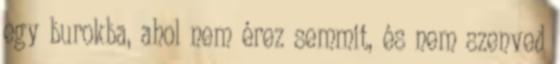
egy burokba, ahol nem érez semmit, és nem szenved